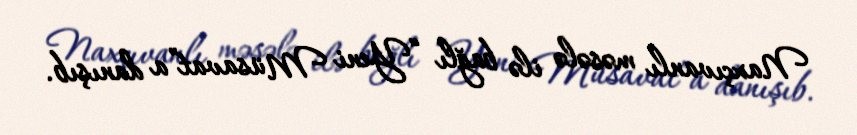
Naxçıvanlı məsələ ilə bağlı “Yeni Müsavat”a danışıb.